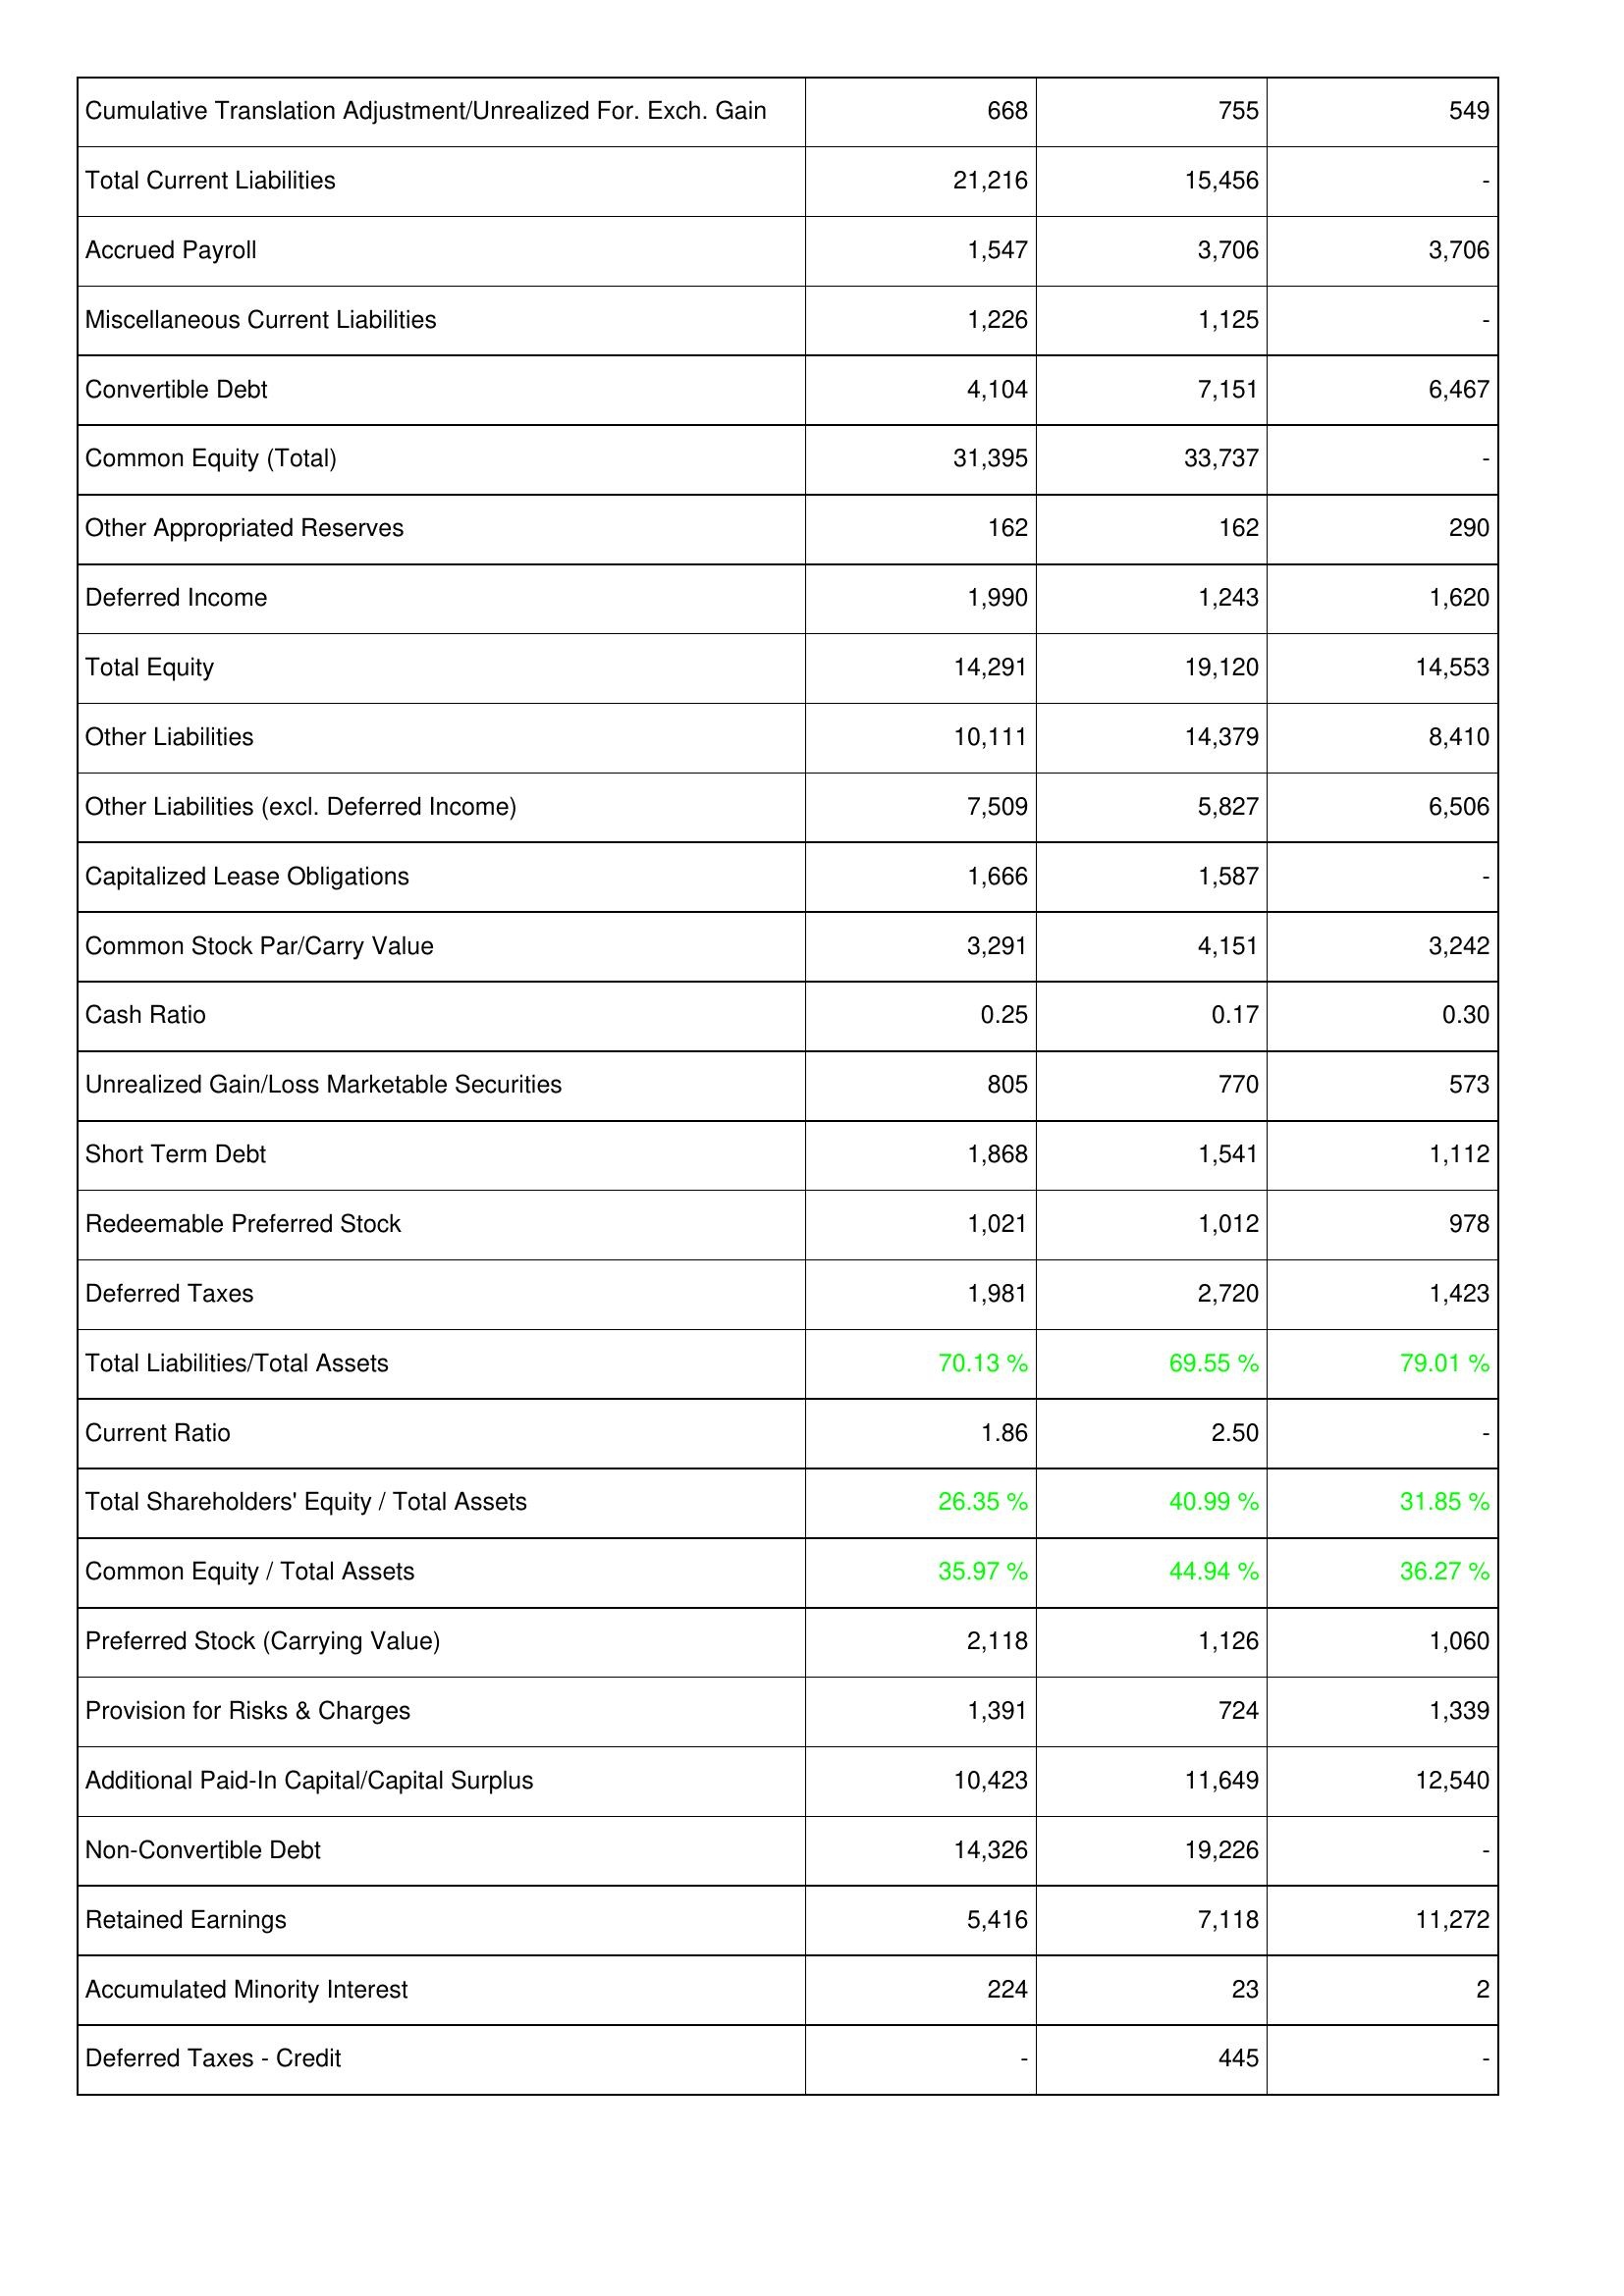
2016: Liabilities & Shareholders' Equity: Cumulative Translation Adjustment/Unrealized For. Exch. Gain: 668
Total Current Liabilities: 21,216
Accrued Payroll: 1,547
Miscellaneous Current Liabilities: 1,226
Convertible Debt: 4,104
Common Equity (Total): 31,395
Other Appropriated Reserves: 162
Deferred Income: 1,990
Total Equity: 14,291
Other Liabilities: 10,111
Other Liabilities (excl. Deferred Income): 7,509
Capitalized Lease Obligations: 1,666
Common Stock Par/Carry Value: 3,291
Cash Ratio: 0.25
Unrealized Gain/Loss Marketable Securities: 805
Short Term Debt: 1,868
Redeemable Preferred Stock: 1,021
Deferred Taxes: 1,981
Total Liabilities/Total Assets: 70.13 %
Current Ratio: 1.86
Total Shareholders' Equity / Total Assets: 26.35 %
Common Equity / Total Assets: 35.97 %
Preferred Stock (Carrying Value): 2,118
Provision for Risks & Charges: 1,391
Additional Paid-In Capital/Capital Surplus: 10,423
Non-Convertible Debt: 14,326
Retained Earnings: 5,416
Accumulated Minority Interest: 224
Deferred Taxes - Credit: -
2015: Liabilities & Shareholders' Equity: Cumulative Translation Adjustment/Unrealized For. Exch. Gain: 755
Total Current Liabilities: 15,456
Accrued Payroll: 3,706
Miscellaneous Current Liabilities: 1,125
Convertible Debt: 7,151
Common Equity (Total): 33,737
Other Appropriated Reserves: 162
Deferred Income: 1,243
Total Equity: 19,120
Other Liabilities: 14,379
Other Liabilities (excl. Deferred Income): 5,827
Capitalized Lease Obligations: 1,587
Common Stock Par/Carry Value: 4,151
Cash Ratio: 0.17
Unrealized Gain/Loss Marketable Securities: 770
Short Term Debt: 1,541
Redeemable Preferred Stock: 1,012
Deferred Taxes: 2,720
Total Liabilities/Total Assets: 69.55 %
Current Ratio: 2.50
Total Shareholders' Equity / Total Assets: 40.99 %
Common Equity / Total Assets: 44.94 %
Preferred Stock (Carrying Value): 1,126
Provision for Risks & Charges: 724
Additional Paid-In Capital/Capital Surplus: 11,649
Non-Convertible Debt: 19,226
Retained Earnings: 7,118
Accumulated Minority Interest: 23
Deferred Taxes - Credit: 445
2014: Liabilities & Shareholders' Equity: Cumulative Translation Adjustment/Unrealized For. Exch. Gain: 549
Total Current Liabilities: -
Accrued Payroll: 3,706
Miscellaneous Current Liabilities: -
Convertible Debt: 6,467
Common Equity (Total): -
Other Appropriated Reserves: 290
Deferred Income: 1,620
Total Equity: 14,553
Other Liabilities: 8,410
Other Liabilities (excl. Deferred Income): 6,506
Capitalized Lease Obligations: -
Common Stock Par/Carry Value: 3,242
Cash Ratio: 0.30
Unrealized Gain/Loss Marketable Securities: 573
Short Term Debt: 1,112
Redeemable Preferred Stock: 978
Deferred Taxes: 1,423
Total Liabilities/Total Assets: 79.01 %
Current Ratio: -
Total Shareholders' Equity / Total Assets: 31.85 %
Common Equity / Total Assets: 36.27 %
Preferred Stock (Carrying Value): 1,060
Provision for Risks & Charges: 1,339
Additional Paid-In Capital/Capital Surplus: 12,540
Non-Convertible Debt: -
Retained Earnings: 11,272
Accumulated Minority Interest: 2
Deferred Taxes - Credit: -